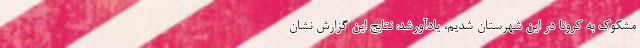
مشکوک به کرونا در این شهرستان شدیم، یادآورشد: نتایج این گزارش نشان